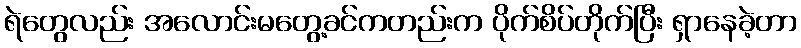
ရဲတွေလည်း အလောင်းမတွေ့ခင်ကတည်းက ပိုက်စိပ်တိုက်ပြီး ရှာနေခဲ့တာ